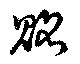
賂